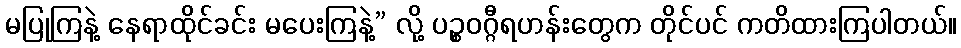
မပြုကြနဲ့ နေရာထိုင်ခင်း မပေးကြနဲ့” လို့ ပဉ္စဝဂ္ဂီရဟန်းတွေက တိုင်ပင် ကတိထားကြပါတယ်။